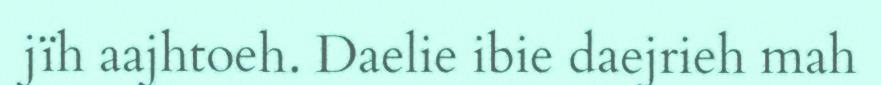
jïh aajhtoeh. Daelie ibie daejrieh mah